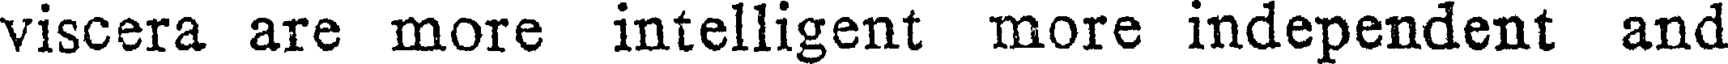
viscera are more intelligent more independent and